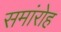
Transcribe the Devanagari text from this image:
समांरोह